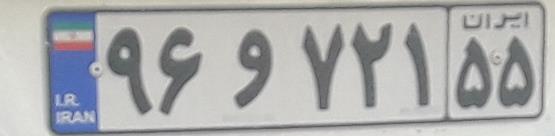
۹۶و۷۲۱۵۵